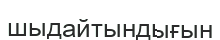
шыдайтындығын